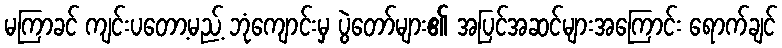
မကြာခင် ကျင်းပတော့မည့် ဘုံကျောင်းမှ ပွဲတော်များ၏ အပြင်အဆင်များအကြောင်း ရောက်ချင်